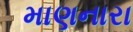
માણનારા